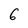
Character: 6